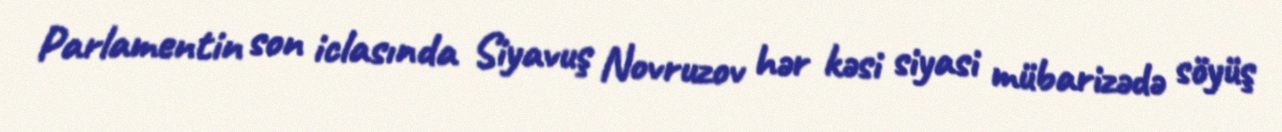
Parlamentin son iclasında Siyavuş Novruzov hər kəsi siyasi mübarizədə söyüş